Problem: 46 + 34 = ?
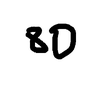
Handwritten answer: 80